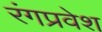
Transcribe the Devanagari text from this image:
रंगप्रवेश